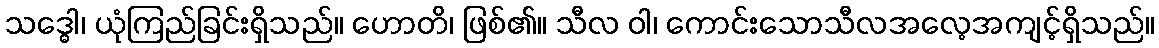
သဒ္ဓေါ၊ ယုံကြည်ခြင်းရှိသည်။ ဟောတိ၊ ဖြစ်၏။ သီလ ဝါ၊ ကောင်းသောသီလအလေ့အကျင့်ရှိသည်။